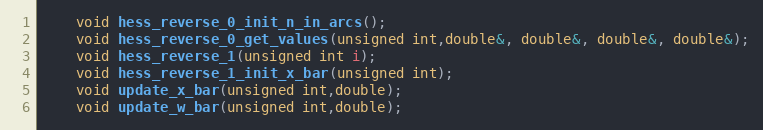
Language: C
	void hess_reverse_0_init_n_in_arcs();
	void hess_reverse_0_get_values(unsigned int,double&, double&, double&, double&);
	void hess_reverse_1(unsigned int i);
	void hess_reverse_1_init_x_bar(unsigned int);
	void update_x_bar(unsigned int,double);
	void update_w_bar(unsigned int,double);